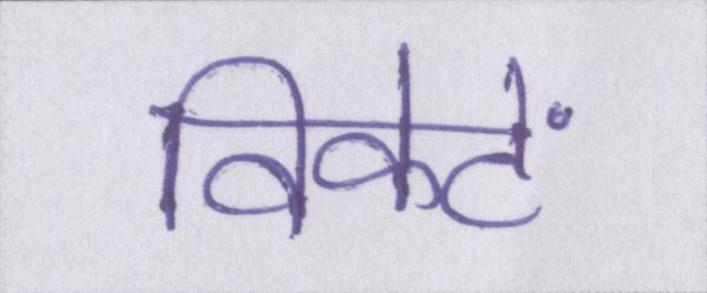
विकेटें